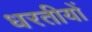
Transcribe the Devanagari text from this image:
धरतीयों